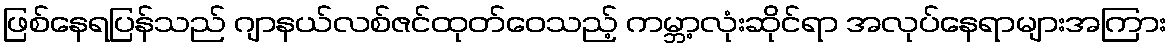
ဖြစ်နေရပြန်သည် ဂျာနယ်လစ်ဇင်ထုတ်ဝေသည့် ကမ္ဘာ့လုံးဆိုင်ရာ အလုပ်နေရာများအကြား